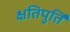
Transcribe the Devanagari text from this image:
क्षतिपुर्ति